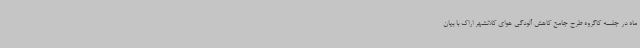
ماه در جلسه کاگروه طرح جامع کاهش آلودگی هوای کلانشهر اراک با بیان